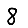
Digit: 8